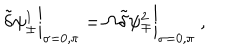
LaTeX: \tilde { \delta } \psi _ { \pm } ^ { 1 } \bigg | _ { \sigma = 0 , \pi } = \Omega \tilde { \delta } \psi _ { \mp } ^ { 2 } \bigg | _ { \sigma = 0 , \pi } ~ ,